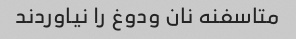
متاسفنه نان و‌دوغ را نیاوردند